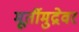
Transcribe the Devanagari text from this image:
मूर्तीमुद्रेवर